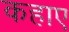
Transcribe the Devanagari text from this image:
कहाए